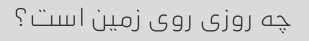
چه روزی روی زمین است؟